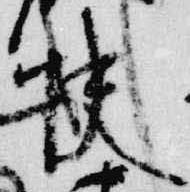
快